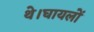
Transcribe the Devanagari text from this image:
थे।घायलों